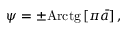
\psi = \pm \mathrm { A r c t g } \, [ \pi \bar { a } ] \, ,